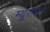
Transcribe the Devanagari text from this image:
म्यूराइन